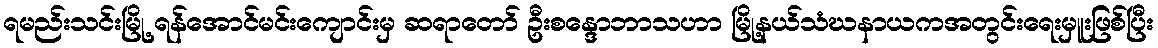
ရမည်းသင်းမြို့ ရန်အောင်မင်းကျောင်းမှ ဆရာတော် ဦးစန္ဒောဘာသဟာ မြို့နယ်သံဃနာယကအတွင်းရေးမှူးဖြစ်ပြီး